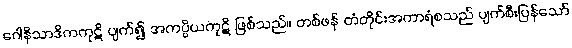
ဂေါနိသာဒိကကုဋိ ပျက်၍ အကပ္ပိယကုဋိ ဖြစ်သည်။ တစ်ဖန် တံတိုင်းအကာရံစသည် ပျက်စီးပြန်သော်